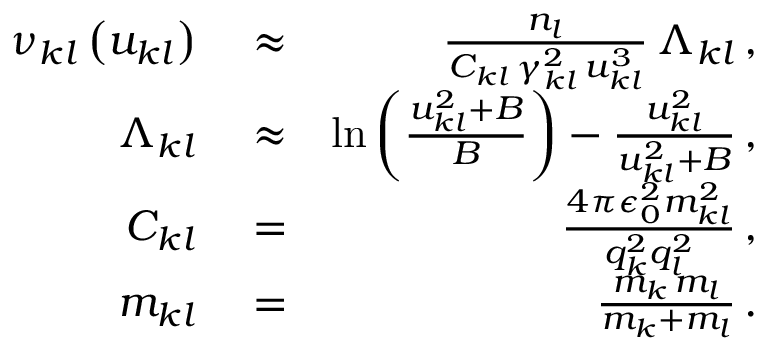
\begin{array} { r l r } { \nu _ { k l } \left( u _ { k l } \right) } & { { } \approx } & { \frac { n _ { l } } { C _ { k l } \, \gamma _ { k l } ^ { 2 } \, u _ { k l } ^ { 3 } } \, \Lambda _ { k l } \, , } \\ { \Lambda _ { k l } } & { { } \approx } & { \ln \left( \frac { u _ { k l } ^ { 2 } + B } { B } \right) - \frac { u _ { k l } ^ { 2 } } { u _ { k l } ^ { 2 } + B } \, , } \\ { C _ { k l } } & { { } = } & { \frac { 4 \pi \epsilon _ { 0 } ^ { 2 } m _ { k l } ^ { 2 } } { q _ { k } ^ { 2 } q _ { l } ^ { 2 } } \, , } \\ { m _ { k l } } & { { } = } & { \frac { m _ { k } \, m _ { l } } { m _ { k } + m _ { l } } \, . } \end{array}